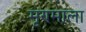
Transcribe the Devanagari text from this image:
मृण्माला